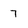
Character: 7